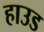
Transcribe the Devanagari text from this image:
हाउड